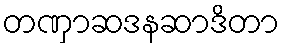
တဏှာဆဒနဆာဒိတာ